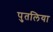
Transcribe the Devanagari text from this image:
पुतलिया